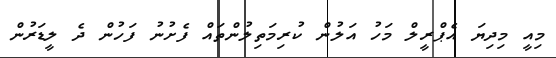
މިއީ މިދިޔަ އެޕްރީލް މަހު އަލުން ކުރިމަތިލުންތައް ފެށުނު ފަހުން ދެ ލީޑަރުން